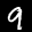
Label: 9